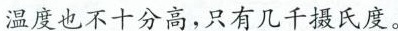
温度也不十分高，只有几千摄氏度。